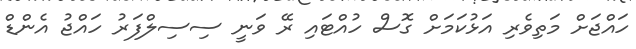
ހައްޖަށް މަތިވެރި އަޅުކަމަށް ގޮސް ހުއްޓައި ރޭ ވަނީ ސިސިލްފަރު ހައްޖު އެންޑް